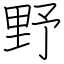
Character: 野